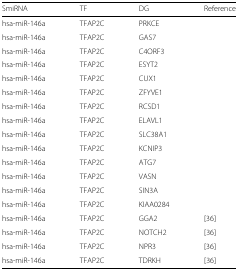
<table><thead><tr><td><b>SmiRNA</b></td><td><b>TF</b></td><td><b>DG</b></td><td><b>Reference</b></td></tr></thead><tbody><tr><td>hsa-miR-146a</td><td>TFAP2C</td><td>PRKCE</td><td>[EMPTY_CELL]</td></tr><tr><td>hsa-miR-146a</td><td>TFAP2C</td><td>GAS7</td><td>[EMPTY_CELL]</td></tr><tr><td>hsa-miR-146a</td><td>TFAP2C</td><td>C4ORF3</td><td>[EMPTY_CELL]</td></tr><tr><td>hsa-miR-146a</td><td>TFAP2C</td><td>ESYT2</td><td>[EMPTY_CELL]</td></tr><tr><td>hsa-miR-146a</td><td>TFAP2C</td><td>CUX1</td><td>[EMPTY_CELL]</td></tr><tr><td>hsa-miR-146a</td><td>TFAP2C</td><td>ZFYVE1</td><td>[EMPTY_CELL]</td></tr><tr><td>hsa-miR-146a</td><td>TFAP2C</td><td>RCSD1</td><td>[EMPTY_CELL]</td></tr><tr><td>hsa-miR-146a</td><td>TFAP2C</td><td>ELAVL1</td><td>[EMPTY_CELL]</td></tr><tr><td>hsa-miR-146a</td><td>TFAP2C</td><td>SLC38A1</td><td>[EMPTY_CELL]</td></tr><tr><td>hsa-miR-146a</td><td>TFAP2C</td><td>KCNIP3</td><td>[EMPTY_CELL]</td></tr><tr><td>hsa-miR-146a</td><td>TFAP2C</td><td>ATG7</td><td>[EMPTY_CELL]</td></tr><tr><td>hsa-miR-146a</td><td>TFAP2C</td><td>VASN</td><td>[EMPTY_CELL]</td></tr><tr><td>hsa-miR-146a</td><td>TFAP2C</td><td>SIN3A</td><td>[EMPTY_CELL]</td></tr><tr><td>hsa-miR-146a</td><td>TFAP2C</td><td>KIAA0284</td><td>[EMPTY_CELL]</td></tr><tr><td>hsa-miR-146a</td><td>TFAP2C</td><td>GGA2</td><td>[36]</td></tr><tr><td>hsa-miR-146a</td><td>TFAP2C</td><td>NOTCH2</td><td>[36]</td></tr><tr><td>hsa-miR-146a</td><td>TFAP2C</td><td>NPR3</td><td>[36]</td></tr><tr><td>hsa-miR-146a</td><td>TFAP2C</td><td>TDRKH</td><td>[36]</td></tr></tbody></table>